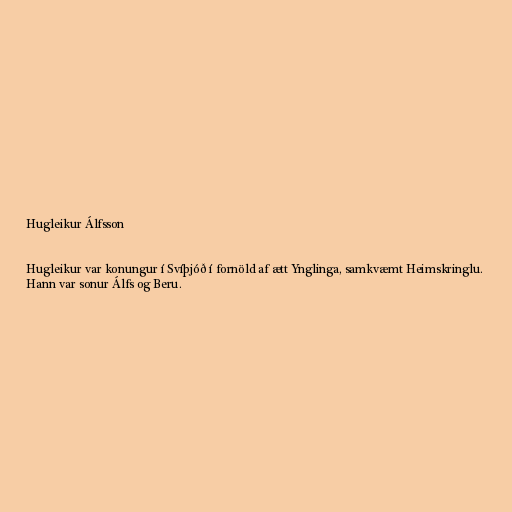
Hugleikur Álfsson

Hugleikur var konungur í Svíþjóð í fornöld af ætt Ynglinga, samkvæmt Heimskringlu.
Hann var sonur Álfs og Beru.